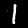
Digit: 1